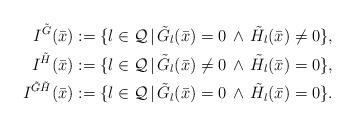
LaTeX: \begin{align*}I^{\tilde G}(\bar x)&:=\{l\in\mathcal Q\,|\,\tilde G_l(\bar x)=0\,\land\,\tilde H_l(\bar x)\neq 0\},\\I^{\tilde H}(\bar x)&:=\{l\in\mathcal Q\,|\,\tilde G_l(\bar x)\neq 0\,\land\,\tilde H_l(\bar x)= 0\},\\I^{\tilde G\tilde H}(\bar x)&:=\{l\in\mathcal Q\,|\,\tilde G_l(\bar x)=0\,\land\,\tilde H_l(\bar x)= 0\}.\end{align*}